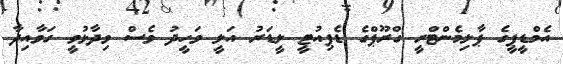
އެމްޑީޕީގެ ޕާލިމެންޓްރީ ގްރޫޕްގެ ޑެޕިއުޓީ ލީޑަރު އަލީ ވަހީދު ވެސް ވިދާޅުވީ ގަވާއިދާ